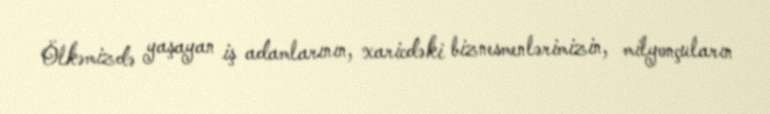
Ölkəmizdə yaşayan iş adamlarının, xaricdəki biznesmenlərimizin, milyonçuların